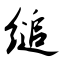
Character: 缒